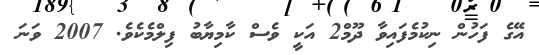
އޭގެ ފަހުން ނިކުމެފައިވާ ދޫމް2 އަކީ ވެސް ކާމިޔާބު ފިލްމެކެވެ. 2007 ވަނަ